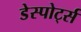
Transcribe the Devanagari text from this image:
डेस्पोर्ट्स